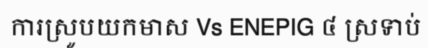
ការស្រូបយកមាស Vs ENEPIG ៤ ស្រទាប់